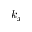
k _ { x }